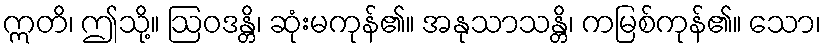
ဣတိ၊ ဤသို့။ ဩဝဒန္တိ၊ ဆုံးမကုန်၏။ အနုသာသန္တိ၊ ကမြစ်ကုန်၏။ သော၊